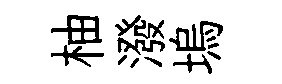
柚潑塢